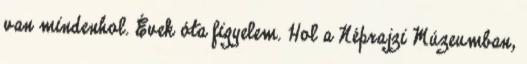
van mindenhol. Évek óta figyelem. Hol a Néprajzi Múzeumban,